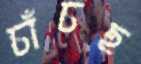
চাঁচছ